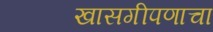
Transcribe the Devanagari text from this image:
खासगीपणाचा